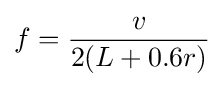
f={v \over 2(L+0.6r)}